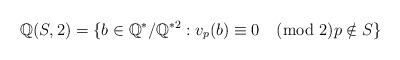
LaTeX: \begin{align*}\mathbb{Q}(S,2)=\{b\in\mathbb{Q}^{*}/\mathbb{Q}^{*2}:v_{p}(b)\equiv0\pmod2p\notin S\}\end{align*}